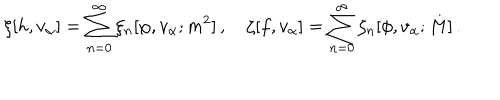
\xi [ h , v _ { \alpha } ] = \sum _ { n = 0 } ^ { \infty } \xi _ { n } [ \varphi , v _ { \alpha } ; m ^ { 2 } ] \, , \quad \zeta [ f , v _ { \alpha } ] = \sum _ { n = 0 } ^ { \infty } \zeta _ { n } [ \phi , v _ { \alpha } ; M ] \, .